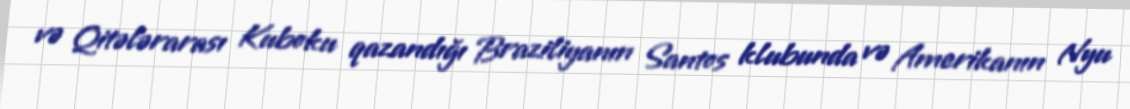
və Qitələrarası Kuboku qazandığı Braziliyanın Santos klubunda və Amerikanın Nyu